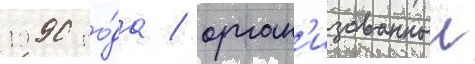
1990 го́да / орган'изованныи